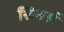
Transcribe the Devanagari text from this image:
सिनर्स